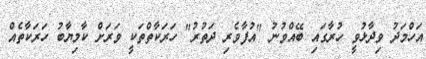
އަހްމަދު ވިދާޅުވީ ހުރާގައި ބޭއްވުނު "އުފާވެރި ދަތުރު" ހަރަކާތްތަކީ ވަރަށް ކާމިޔާބު ހަރަކާތެއް